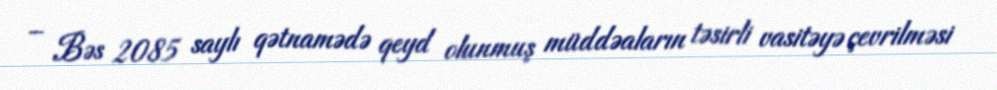
– Bəs 2085 saylı qətnamədə qeyd olunmuş müddəaların təsirli vasitəyə çevrilməsi